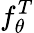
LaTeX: f_{\theta}^{T}